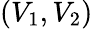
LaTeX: (V_{1},V_{2})